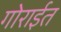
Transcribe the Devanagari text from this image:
गोराईत